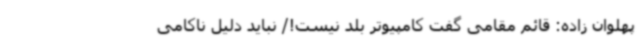
پهلوان زاده: قائم مقامی گفت کامپیوتر بلد نیست!/ نباید دلیل ناکامی